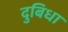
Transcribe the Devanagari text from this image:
दुबिधा